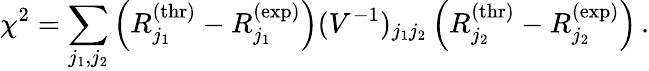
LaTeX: \chi^{2}=\sum_{j_{1},j_{2}}\left(R_{j_{1}}^{\mathrm{(thr)}}-R_{j_{1}}^{\mathrm{(exp)}}\right)(V^{-1})_{j_{1}j_{2}}\left(R_{j_{2}}^{\mathrm{(thr)}}-R_{j_{2}}^{\mathrm{(exp)}}\right)\, .